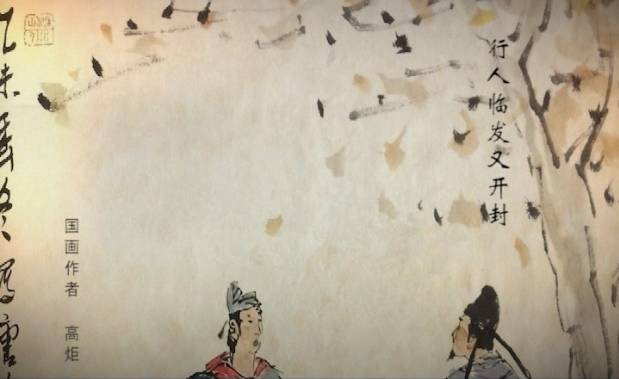
洛阳城里见秋风，欲作家书意万重。